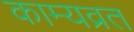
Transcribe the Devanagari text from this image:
काम्यव्रत